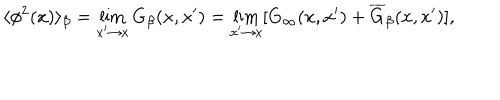
\langle \phi ^ { 2 } ( x ) \rangle _ { \beta } = \lim _ { x ^ { \prime } \rightarrow x } G _ { \beta } ( x , x ^ { \prime } ) = \lim _ { x ^ { \prime } \rightarrow x } [ G _ { \infty } ( x , x ^ { \prime } ) + \overline { { { G } } } _ { \beta } ( x , x ^ { \prime } ) ] ,